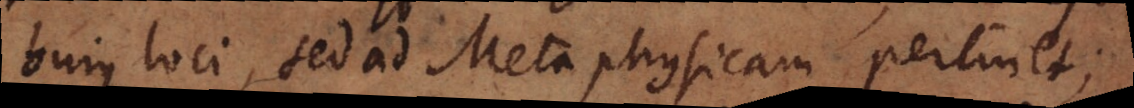
hujus loci, sed ad Metaphysicam pertinet;